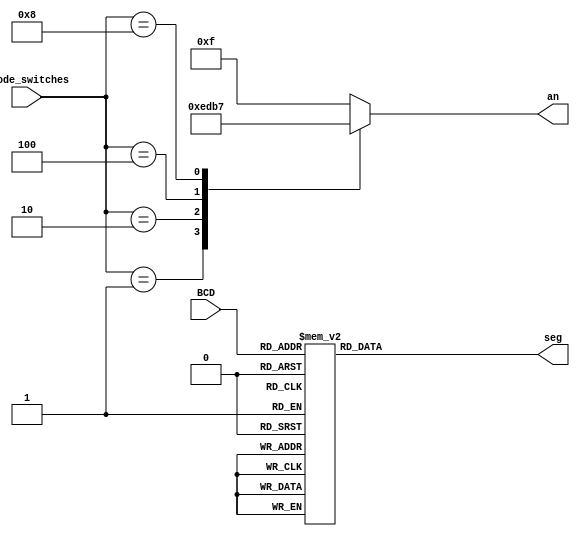
module BCD_7seg(BCD, anode_switches, seg, an );
    input [3:0] BCD;
    input [3:0] anode_switches;
    output reg [7:0] seg;
    output reg [3:0] an;
    
    always @*
    begin
        case (BCD)
            0: seg = 8'b11111111 ;
            1: seg = 8'b10011111 ;
            2: seg = 8'b00100101 ;
            3: seg = 8'b00001101 ;
            4: seg = 8'b10011001 ; 
            5: seg = 8'b01001001 ;
            6: seg = 8'b01000001 ;
            7: seg = 8'b00011111 ;
            8: seg = 8'b00000001 ;
            9: seg = 8'b00001001 ;
            default: seg = 8'b11111111;
        endcase
        // Anode selection
        case(anode_switches)
            4'b0000: an = 4'b1111;
            4'b0001: an = 4'b1110;
            4'b0010: an = 4'b1101;
            4'b0100: an = 4'b1011;
            4'b1000: an = 4'b0111;
            default: an = 4'b1111;
        endcase
    end
endmodule